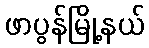
ဖာပွန်မြို့နယ်